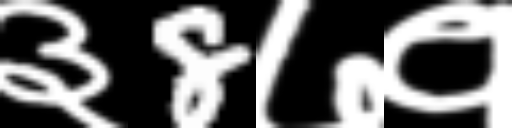
Text: ३8७१